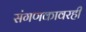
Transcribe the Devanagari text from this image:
संगणकावरही